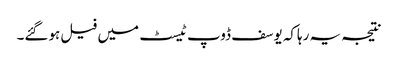
نتیجہ یہ رہاکہ یوسف ڈوپ ٹیسٹ میں فیل ہوگئے۔